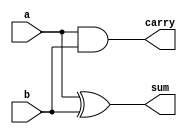
`timescale 1ns / 1ps
//////////////////////////////////////////////////////////////////////////////////
// Company: 
// Engineer: 
// 
// Design Name: 
// Module Name:    half_adder 
// Project Name: 
// Target Devices: 
// Tool versions: 
// Description: 
//
// Dependencies: 
//
// Revision: 
// Revision 0.01 - File Created
// Additional Comments: 
//
//////////////////////////////////////////////////////////////////////////////////
module half_adder(
    input a,
    input b,
    output sum,
    output carry);
	 assign sum=a^b;
	 assign carry=a&b;
	 
endmodule